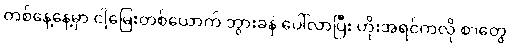
တစ်နေ့နေ့မှာ ငါ့မြေးတစ်ယောက် ဘွားခနဲ ပေါ်လာပြီး ဟိုးအရင်ကလို စာတွေ